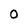
Character: O